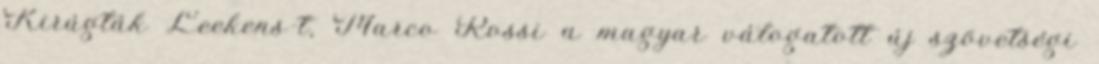
Kirúgták Leekens-t, Marco Rossi a magyar válogatott új szövetségi